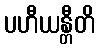
ပဟီယန္တီတိ